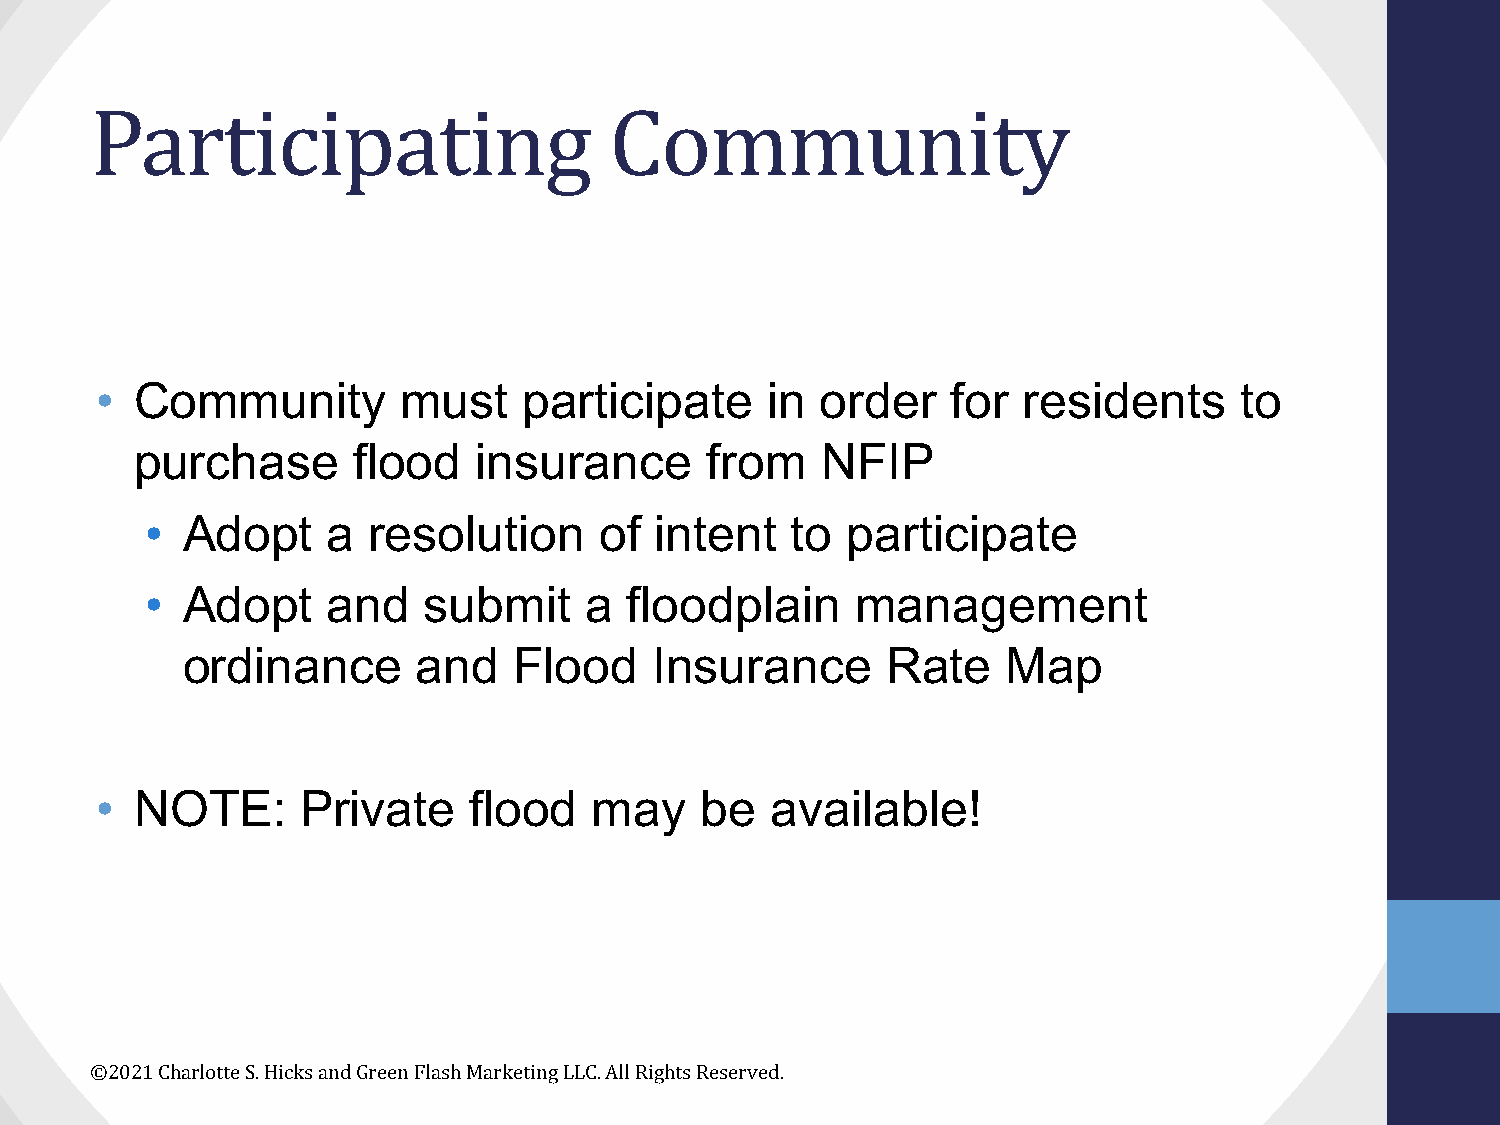
Participating                     Community
 •  Community         must    participate     in order    for  residents     to
 purchase      flood    insurance      from   NFIP
 • Adopt     a resolution      of intent   to  participate
 • Adopt     and   submit     a  floodplain     management
 ordinance       and   Flood    Insurance       Rate    Map
 •  NOTE:      Private    flood   may    be   available!
 ©2021 Charlotte S. Hicks and Green Flash Marketing LLC. All Rights Reserved.